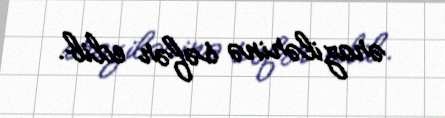
ərazilərinə səfər edib.